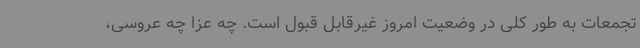
تجمعات به طور کلی در وضعیت امروز غیرقابل قبول است. چه عزا چه عروسی،